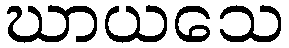
ဃာယသေ